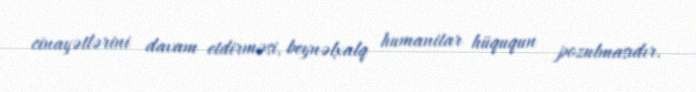
cinayətlərini davam etdirməsi, beynəlxalq humanitar hüququn pozulmasıdır.